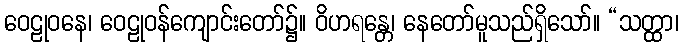
ဝေဠုဝနေ၊ ဝေဠုဝန်ကျောင်းတော်၌။ ဝိဟရန္တေ၊ နေတော်မူသည်ရှိသော်။ “သတ္ထာ၊